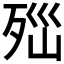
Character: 𣧽